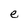
Character: e